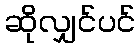
ဆိုလျှင်ပင်